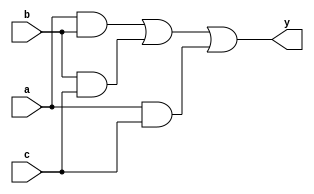
module majority(a,b,c,y);

input a,b,c;
output y;
wire e,f,g;

and u0(e,a,b);
and u1(f,b,c);
and u2(g,a,c);
or u3(y,e,f,g); 

endmodule

module test_majority;

reg a,b,c;
wire y;

majority u0(a,b,c,y);

initial begin
	a=0;b=0;c=0;
#10	        c=1;
#10	    b=1;c=0;
#10	        c=1;
#10	a=1;b=0;c=0;
#10		c=1;
#10	    b=1;c=0;
#10		c=1;
#10	$stop;

end
//21811957 jeongbomi
endmodule